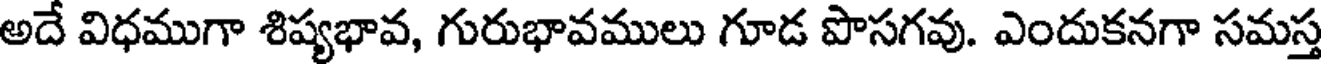
అదే విధముగా శిష్యభావ, గురుభావములు గూడ పొసగవు. ఎందుకనగా సమస్త